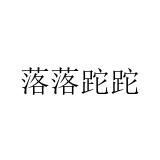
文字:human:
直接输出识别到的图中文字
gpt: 落落跎跎